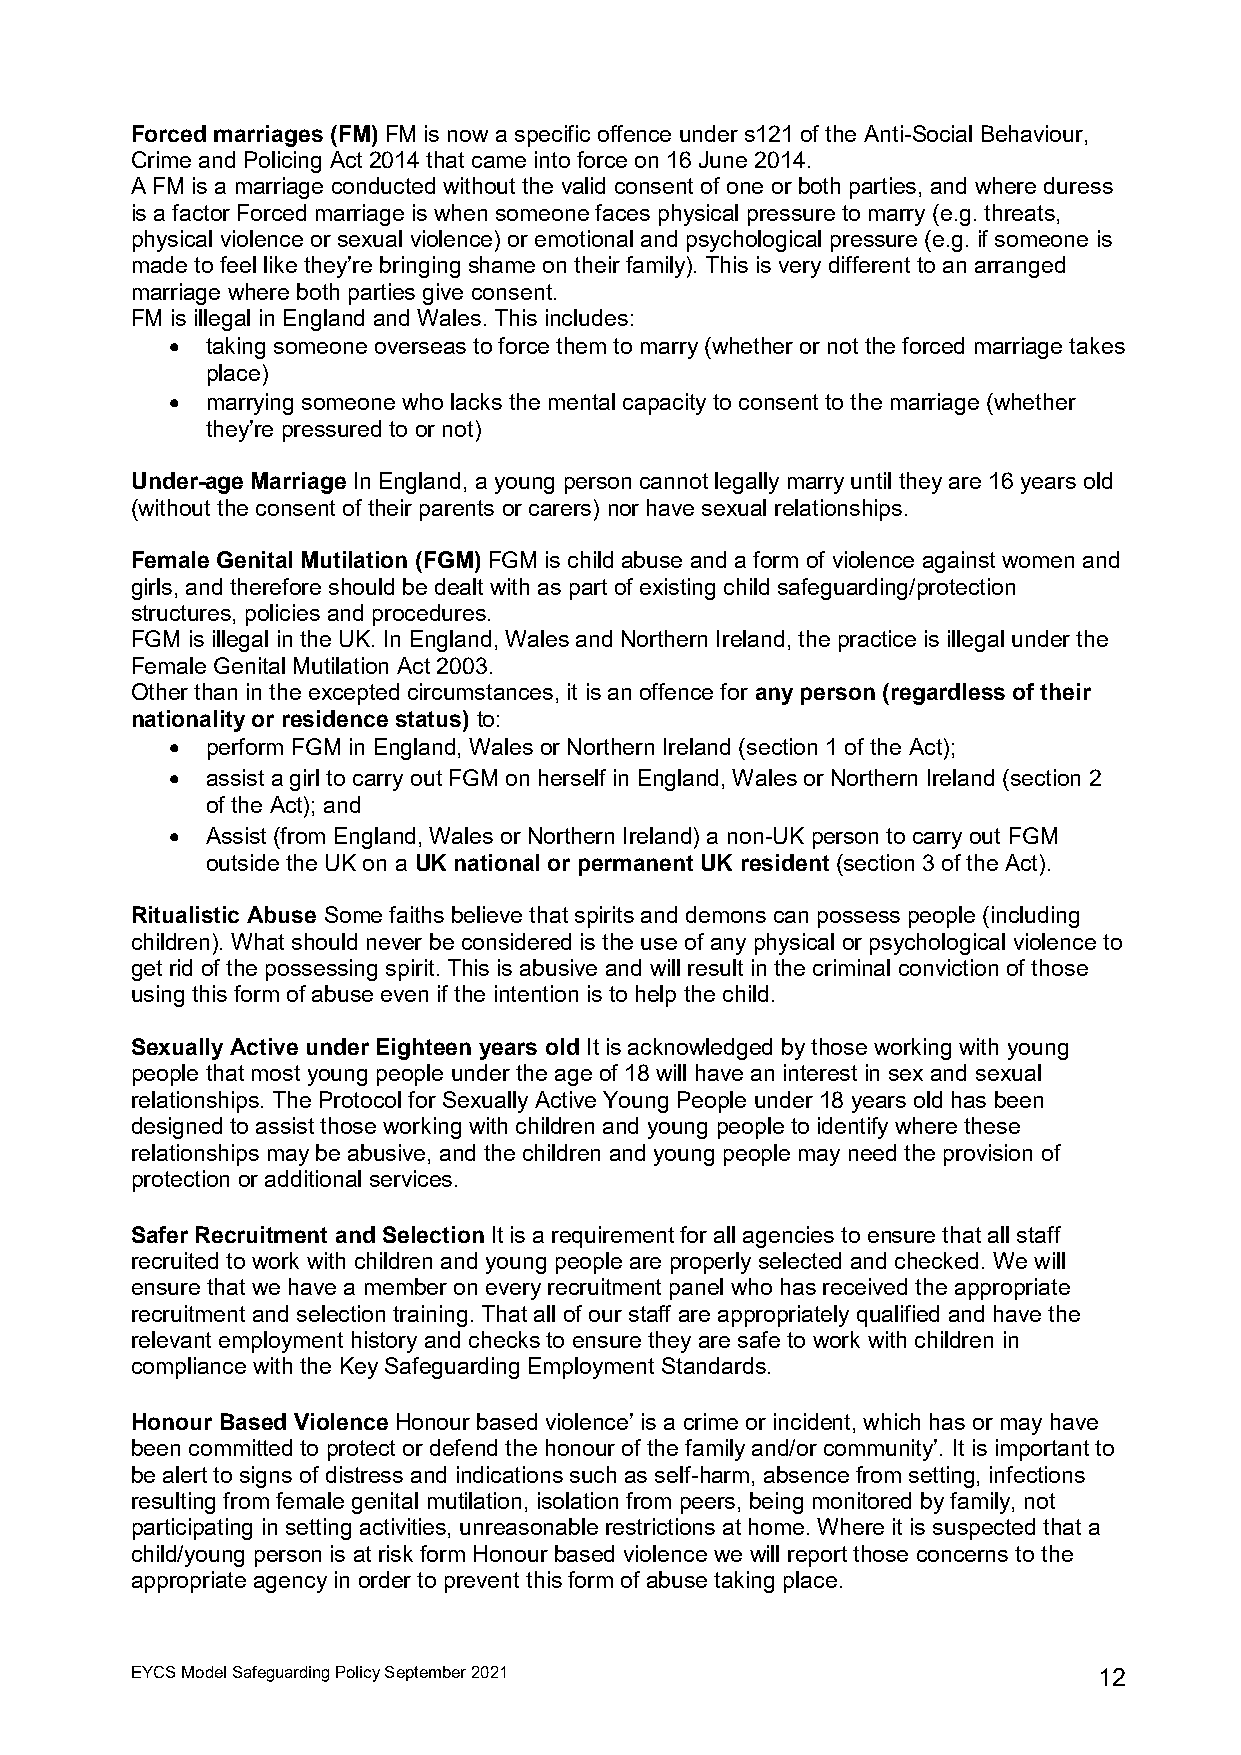
Forced marriages (FM) FM is now a specific offence under s121 of the Anti-Social Behaviour,
 Crime and Policing Act 2014 that came into force on 16 June 2014.
 A FM is a marriage conducted without the valid consent of one or both parties, and where duress
 is a factor Forced marriage is when someone faces physical pressure to marry (e.g. threats,
 physical violence or sexual violence) or emotional and psychological pressure (e.g. if someone is
 made to feel like they’re bringing shame on their family). This is very different to an arranged
 marriage where both parties give consent.
 FM is illegal in England and Wales. This includes:
 •  taking someone overseas to force them to marry (whether or not the forced marriage takes
 place)
 •  marrying someone who lacks the mental capacity to consent to the marriage (whether
 they’re pressured to or not)
 Under-age Marriage In England, a young person cannot legally marry until they are 16 years old
 (without the consent of their parents or carers) nor have sexual relationships.
 Female Genital Mutilation (FGM) FGM is child abuse and a form of violence against women and
 girls, and therefore should be dealt with as part of existing child safeguarding/protection
 structures, policies and procedures.
 FGM is illegal in the UK. In England, Wales and Northern Ireland, the practice is illegal under the
 Female Genital Mutilation Act 2003.
 Other than in the excepted circumstances, it is an offence for any person (regardless of their
 nationality or residence status) to:
 •  perform FGM in England, Wales or Northern Ireland (section 1 of the Act);
 •  assist a girl to carry out FGM on herself in England, Wales or Northern Ireland (section 2
 of the Act); and
 •  Assist (from England, Wales or Northern Ireland) a non-UK person to carry out FGM
 outside the UK on a UK national or permanent UK resident (section 3 of the Act).
 Ritualistic Abuse Some faiths believe that spirits and demons can possess people (including
 children). What should never be considered is the use of any physical or psychological violence to
 get rid of the possessing spirit. This is abusive and will result in the criminal conviction of those
 using this form of abuse even if the intention is to help the child.
 Sexually Active under Eighteen years old It is acknowledged by those working with young
 people that most young people under the age of 18 will have an interest in sex and sexual
 relationships. The Protocol for Sexually Active Young People under 18 years old has been
 designed to assist those working with children and young people to identify where these
 relationships may be abusive, and the children and young people may need the provision of
 protection or additional services.
 Safer Recruitment and Selection It is a requirement for all agencies to ensure that all staff
 recruited to work with children and young people are properly selected and checked. We will
 ensure that we have a member on every recruitment panel who has received the appropriate
 recruitment and selection training. That all of our staff are appropriately qualified and have the
 relevant employment history and checks to ensure they are safe to work with children in
 compliance with the Key Safeguarding Employment Standards.
 Honour Based Violence Honour based violence’ is a crime or incident, which has or may have
 been committed to protect or defend the honour of the family and/or community’. It is important to
 be alert to signs of distress and indications such as self-harm, absence from setting, infections
 resulting from female genital mutilation, isolation from peers, being monitored by family, not
 participating in setting activities, unreasonable restrictions at home. Where it is suspected that a
 child/young person is at risk form Honour based violence we will report those concerns to the
 appropriate agency in order to prevent this form of abuse taking place.
 EYCS Model Safeguarding Policy September 2021                   12